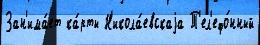
Зан'има́ет ка́рты Н'икола́евскаjа Т'ел'ефо́нный